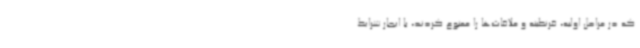
که در مراحل اولیه، قرنطینه و ملاقات‌ها را ممنوع کردند، با ایجار شرایط